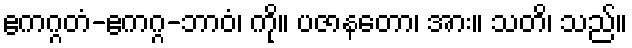
ဧကဂ္ဂတံ-ဧကဂ္ဂ-ဘာဝံ၊ ကို။ ပဇာနတော၊ အား။ သတိ၊ သည်။